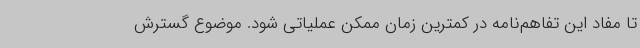
تا مفاد این تفاهم‌نامه در کمترین زمان ممکن عملیاتی شود. موضوع گسترش